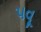
પવૂ